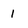
Character: 1